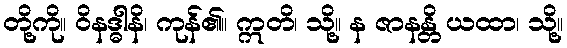
တို့ကို။ ဝိနဒ္ဓါနိ၊ ကုန်၏။ ဣတိ၊ သို့။ န ဇာနန္တိ ယထာ၊ သို့။